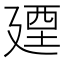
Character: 𢌩